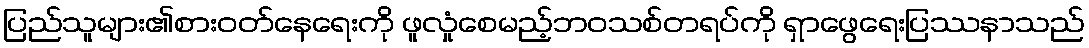
ပြည်သူများ၏စားဝတ်နေရေးကို ဖူလှုံစေမည့်ဘဝသစ်တရပ်ကို ရှာဖွေရေးပြဿနာသည်